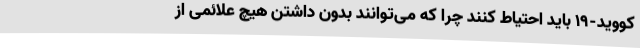
کووید-۱۹ باید احتیاط کنند چرا که می‌توانند بدون داشتن هیچ علائمی از